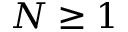
N \geq 1